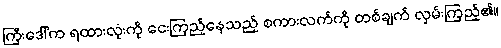
ကြီးဒေါ်က ရထားလုံးကို ငေးကြည့်နေသည့် စကားလက်ကို တစ်ချက် လှမ်းကြည့်၏။